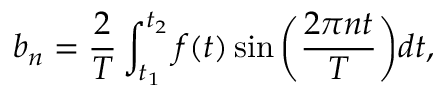
b _ { n } = \frac { 2 } { T } \int _ { t _ { 1 } } ^ { t _ { 2 } } f ( t ) \sin { \bigg ( \frac { 2 \pi n t } { T } \bigg ) } d t ,